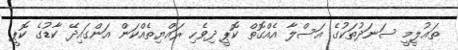
ތަޢުލީމީ ސަނަދުތަކުގެ އަސްލާ އެއްގޮތް ކޮޕީ ދިވެހި ރައްޔިތެއްކަން އަންގައިދޭ ކާޑުގެ ކޮޕީ